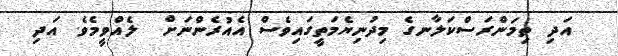
އަދި ތިމަންރަސްކަލާނގެ މިދުނިޔެމަތީގައިވެސް އެއުރެންނަށް  ލެއްވީމެވެ. އަދި